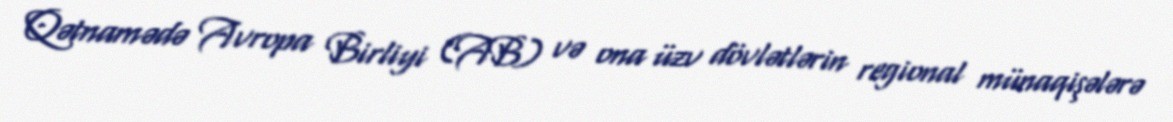
Qətnamədə Avropa Birliyi (AB) və ona üzv dövlətlərin regional münaqişələrə